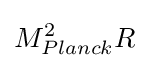
M_{Planck}^{2}R